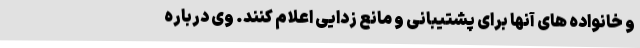
و خانواده های آنها برای پشتیبانی و مانع زدایی اعلام کنند. وی درباره